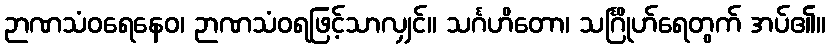
ဉာဏသံဝရေနေဝ၊ ဉာဏသံဝရဖြင့်သာလျှင်။ သင်္ဂဟိတော၊ သင်္ဂြိုဟ်ရေတွက် အပ်၏။